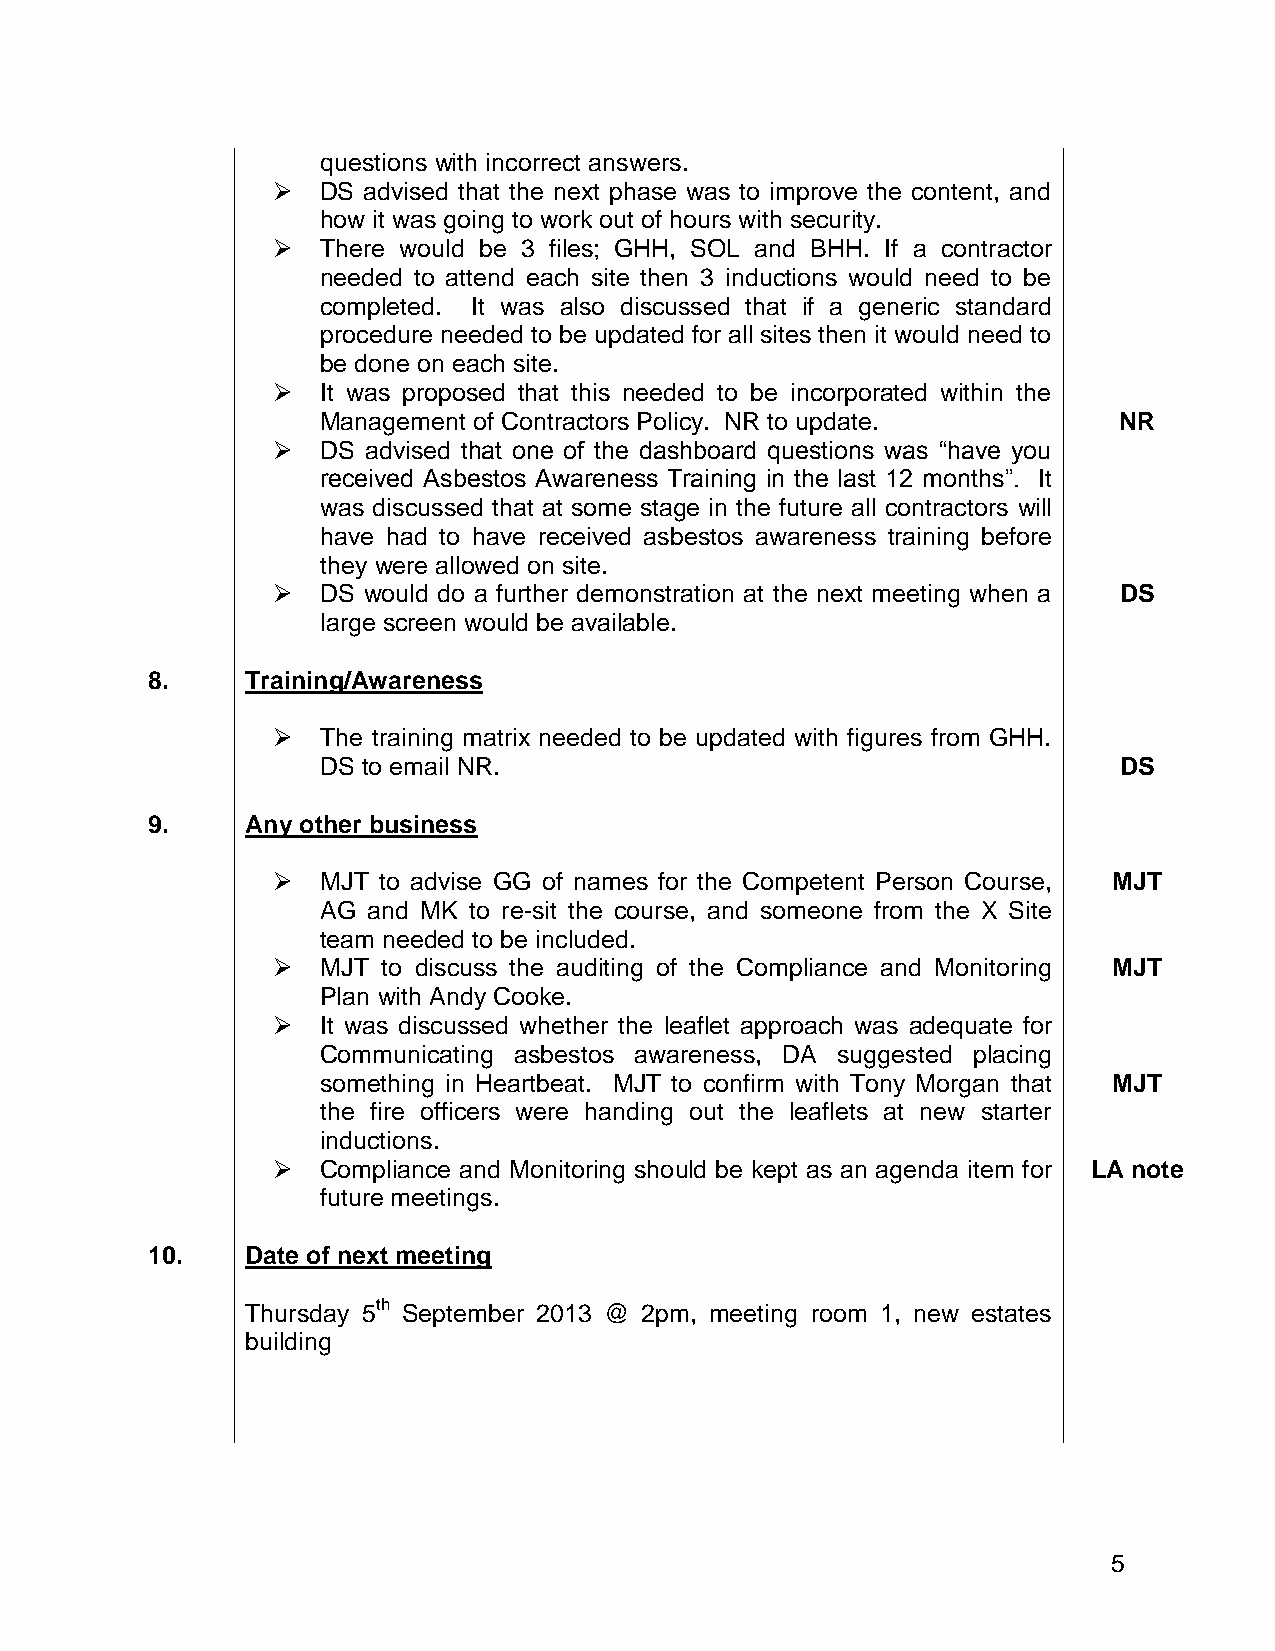
questions with incorrect answers.
   DS advised that the next phase was to improve the content, and
 how it was going to work out of hours with security.
   There would be 3 files; GHH, SOL and BHH. If a contractor
 needed to attend each site then 3 inductions would need to be
 completed. It was also discussed that if a generic standard
 procedure needed to be updated for all sites then it would need to
 be done on each site.
   It was proposed that this needed to be incorporated within the
 Management of Contractors Policy. NR to update.      NR
   DS advised that one of the dashboard questions was “have you
 received Asbestos Awareness Training in the last 12 months”. It
 was discussed that at some stage in the future all contractors will
 have had to have received asbestos awareness training before
 they were allowed on site.
   DS would do a further demonstration at the next meeting when a DS
 large screen would be available.
 8.    Training/Awareness
   The training matrix needed to be updated with figures from GHH.
 DS to email NR.                                      DS
 9.    Any other business
   MJT to advise GG of names for the Competent Person Course, MJT
 AG and MK to re-sit the course, and someone from the X Site
 team needed to be included.
   MJT to discuss the auditing of the Compliance and Monitoring MJT
 Plan with Andy Cooke.
   It was discussed whether the leaflet approach was adequate for
 Communicating asbestos awareness, DA suggested placing
 something in Heartbeat. MJT to confirm with Tony Morgan that MJT
 the fire officers were handing out the leaflets at new starter
 inductions.
   Compliance and Monitoring should be kept as an agenda item for LA note
 future meetings.
 10.   Date of next meeting
 Thursday 5th September 2013 @ 2pm, meeting room 1, new estates
 building
 5